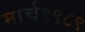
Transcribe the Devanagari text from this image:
मार्च१९८९